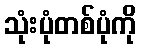
သုံးပုံတစ်ပုံကို